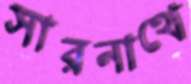
সারনাথে